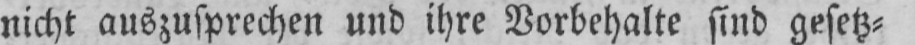
nicht auszusprechen und ihre Vorbehalte sind gesetz⸗